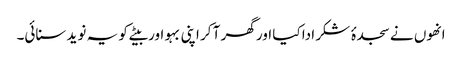
انھوں نے سجدۂ شکر ادا کیا اور گھر آ کر اپنی بہو اور بیٹے کو یہ نوید سنائی۔